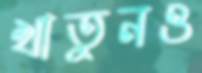
খাতুনও